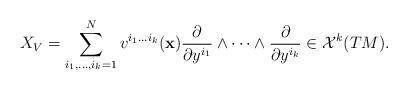
LaTeX: \begin{align*}X_{V}=\sum_{i_1,\dots , i_k=1}^{N} v^{i_1\dots i_k}({\bf x})\dfrac{\partial}{\partial y^{i_1}}\wedge \dots \wedge \dfrac{\partial}{\partial y^{i_k}}\in \mathcal{X}^{k}(TM).\end{align*}